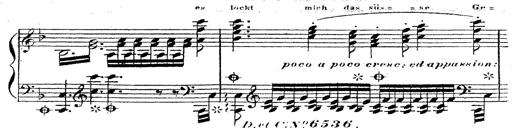
Title: 12 Lieder von Franz Schubert
Composer: Franz Liszt